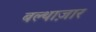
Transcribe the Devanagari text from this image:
बल्थाज़ार